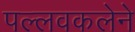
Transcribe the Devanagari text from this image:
पल्लवकलेने